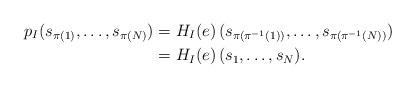
LaTeX: \begin{align*} p_I (s_{\pi (1)}, \ldots, s_{\pi (N)}) &= H_I (e) \, ( s_{\pi (\pi^{-1} (1))}, \ldots, s_{\pi (\pi^{-1} (N))}) \\ &= H_I (e) \, ( s_1, \ldots, s_N). \end{align*}